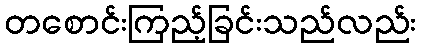
တစောင်းကြည့်ခြင်းသည်လည်း